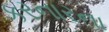
કરનારના